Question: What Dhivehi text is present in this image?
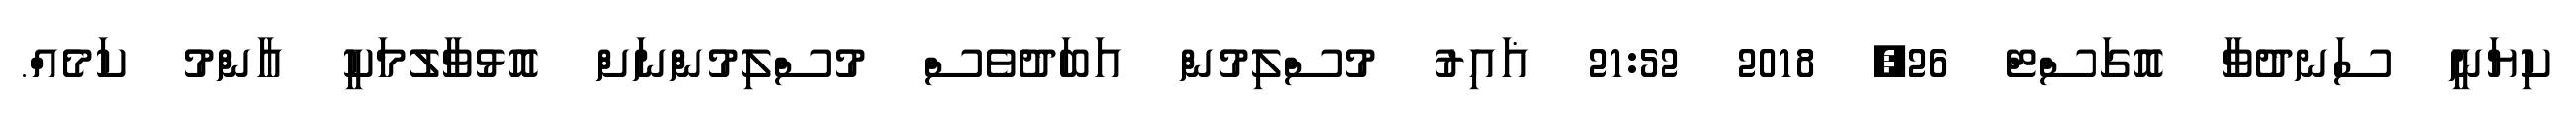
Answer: ކިޔަނީ ސަނދުވާ އޮގަސްޓް 26, 2018 21:52 ޣައިރު މުސްލިމުން އަބަދުވެސް މުސްލިމުންނަށް އޮޅުވާލުމަކީ ޢާންމު ކަމެއް.